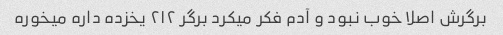
برگرش اصلا خوب نبود و آدم فکر میکرد برگر ۲۱۲ یخزده داره میخوره